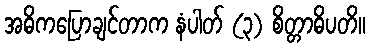
အဓိကပြောချင်တာက နံပါတ် (၃) စိတ္တာဓိပတိ။